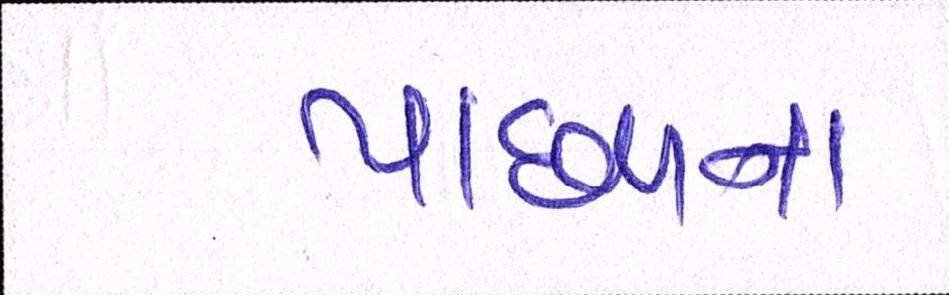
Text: પાછળના